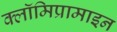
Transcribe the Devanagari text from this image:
क्लॉमिप्रामाइन